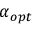
\alpha _ { o p t }